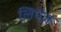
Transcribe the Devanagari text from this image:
लिपेज़